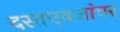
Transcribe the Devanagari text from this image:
दस्तएवजांवर